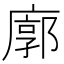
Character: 廓